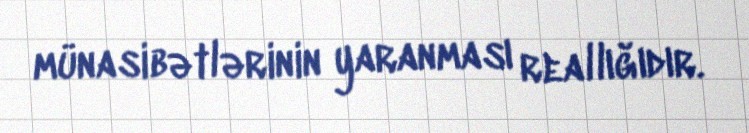
münasibətlərinin yaranması reallığıdır.